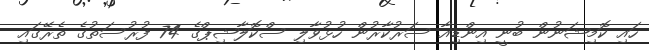
ހައި ކޮމިޝަނުން ބުނީ އިންޑިއާ ސަރުކާރުން ހުޅުވާލި ސްކޮލާޝިޕްގެ 74 ފުރުސަތުގެ ތެރޭގައި